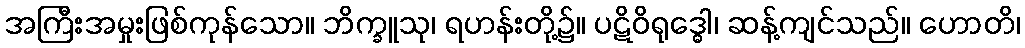
အကြီးအမှုးဖြစ်ကုန်သော။ ဘိက္ခူသု၊ ရဟန်းတို့၌။ ပဋိဝိရုဒ္ဓေါ၊ ဆန့်ကျင်သည်။ ဟောတိ၊